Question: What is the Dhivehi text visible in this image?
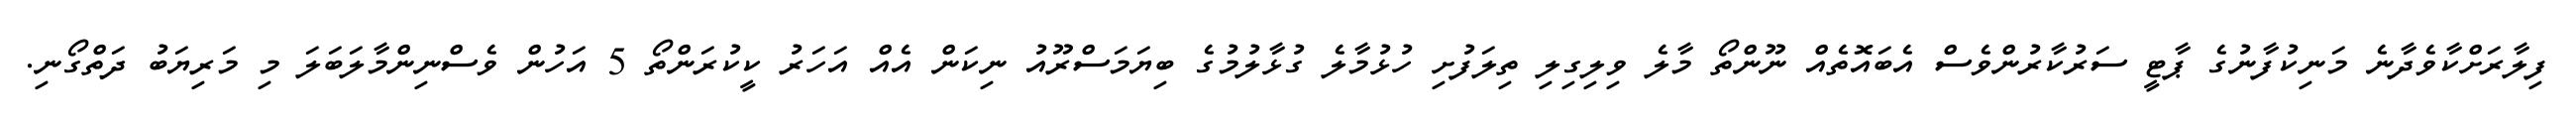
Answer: ފިލާރަށްކާވެދާނެ މަނިކުފާނުގެ ޕާޓީ ސަރުކާރުންވެސް އެބައޮތެއް ނޫންތޯ މާލެ ވިލިގިލި ތިލަފުށި ހުޅުމާލެ ގުޅާލުމުގެ ބިޔަމަސްރޫއު ނިކަން އެއް އަހަރު ކީކުރަންތޯ 5 އަހުން ވެސްނިންމާލަބަލަ މި މަރިޔަބު ދަތްގޯނި.